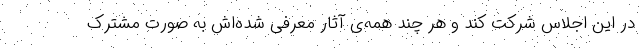
در این اجلاس شرکت کند و هر چند همه‌ی آثار معرفی شده‌اش به صورت مشترک